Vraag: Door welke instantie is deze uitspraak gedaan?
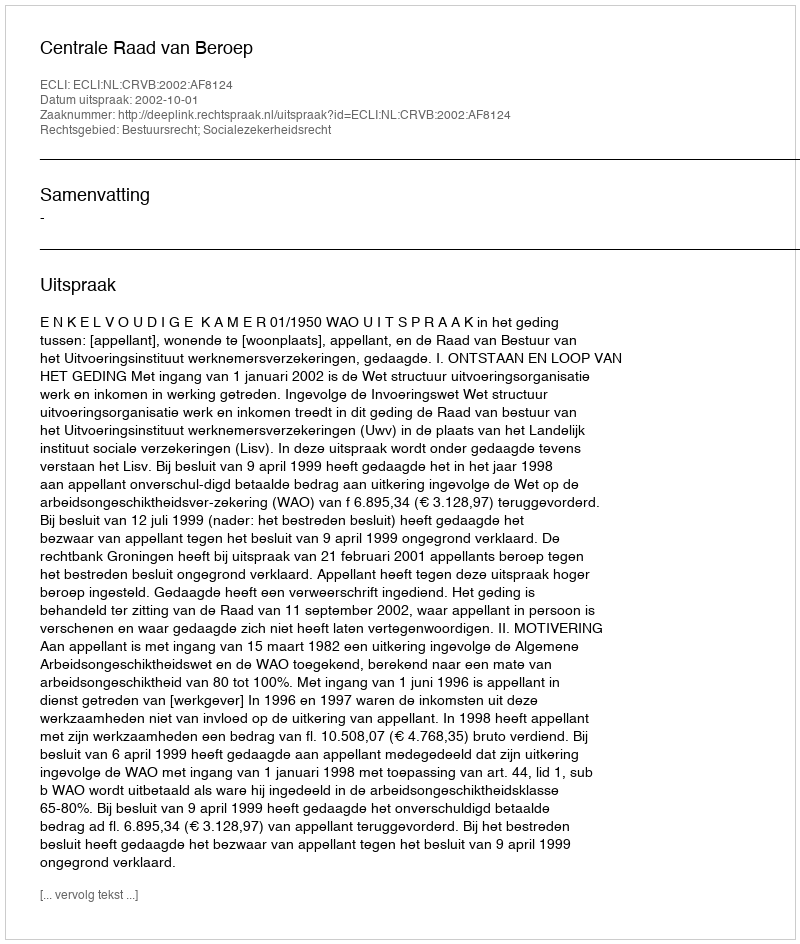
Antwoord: Centrale Raad van Beroep